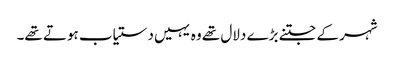
شہر کے جتنے بڑے دلال تھے وہ یہیں دستیاب ہوتے تھے۔